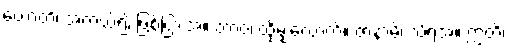
ဟောတိ၊ အကယ်၍ ဖြစ်ငြားအံ့။ တာဝ၊ ထိုမျှလောက်။ ဇာနာမိ၊ သိရအံ့။ ဣတိ၊